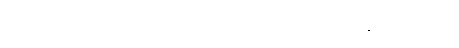
ခုပေါက်ချိုင်ကိုမီးရှို့ပြီး သပြေကန်ဘက်ကို လက်နက်ကြီးနဲ့စပစ်နေပါပြီ။